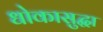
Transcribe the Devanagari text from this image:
धोकासुद्धा